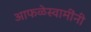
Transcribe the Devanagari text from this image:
आफळेस्वामींनी